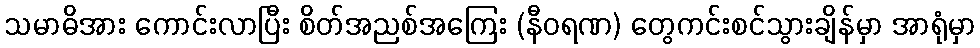
သမာဓိအား ကောင်းလာပြီး စိတ်အညစ်အကြေး (နီဝရဏ) တွေကင်းစင်သွားချိန်မှာ အာရုံမှာ